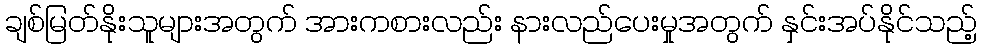
ချစ်မြတ်နိုးသူများအတွက် အားကစားလည်း နားလည်ပေးမှုအတွက် နှင်းအပ်နိုင်သည့်